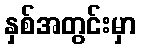
နှစ်အတွင်းမှာ